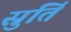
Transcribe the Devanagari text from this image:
स्रुतिं